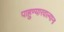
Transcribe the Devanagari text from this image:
पाहुण्यारवाल्याना